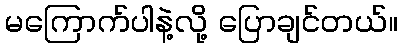
မကြောက်ပါနဲ့လို့ ပြောချင်တယ်။